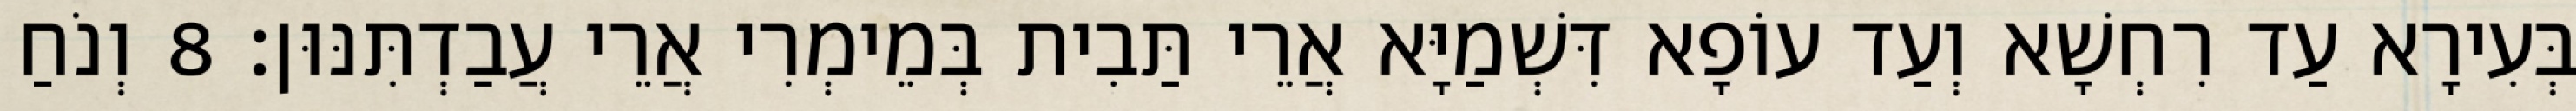
בְּעִירָא עַד רִחְשָׁא וְעַד עוֹפָא דִּשְׁמַיָּא אֲרֵי תַּבִית בְּמֵימְרִי אֲרֵי עֲבַדְתִּנּוּן׃ 8 וְנֹחַ